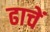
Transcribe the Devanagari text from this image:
ढाचें